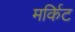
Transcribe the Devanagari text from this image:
मर्किट